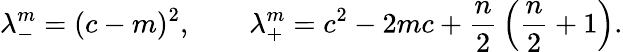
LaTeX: \lambda_{-}^{m}=(c-m)^{2},\qquad\lambda_{+}^{m}=c^{2}-2mc+{\frac{n}{2}}\left({\frac{n}{2}}+1\right).